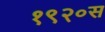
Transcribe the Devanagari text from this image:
१९२०स